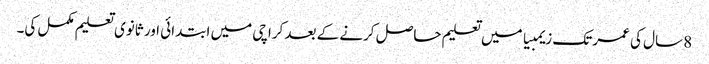
8 سال کی عمر تک زیمبیا میں تعلیم حاصل کرنے کے بعد کراچی میں ابتدائی اور ثانوی تعلیم مکمل کی۔